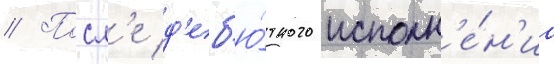
// Посл'е д'еб'ю́тного исполн'е́н'иа